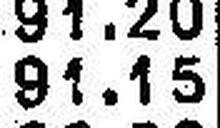
91.15